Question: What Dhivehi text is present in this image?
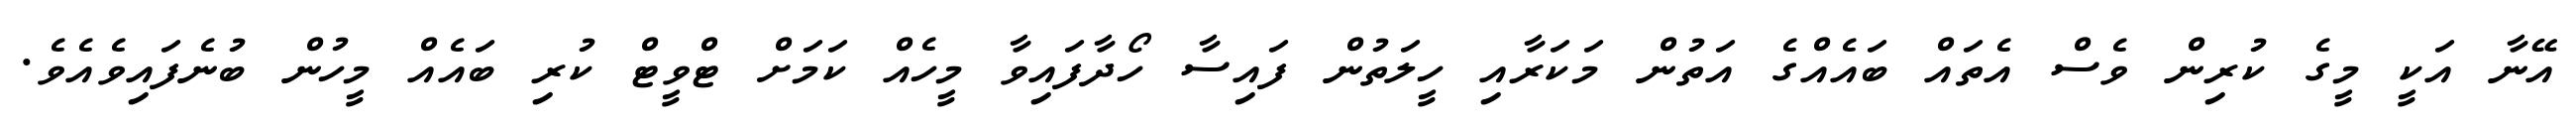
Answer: އޭނާ އަކީ މީގެ ކުރިން ވެސް އެތައް ބައެއްގެ އަތުން މަކަރާއި ހީލަތުން ފައިސާ ހޯދާފައިވާ މީހެއް ކަމަށް ޓްވީޓް ކުރި ބައެއް މީހުން ބުނެފައިވެއެވެ.